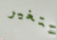
تتغير